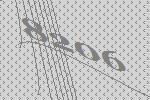
8206